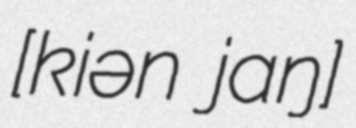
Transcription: [kiən˧˧ jaːŋ˧˧]